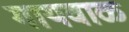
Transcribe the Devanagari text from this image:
गायवाळ